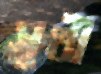
সুখী